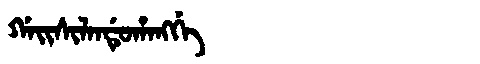
Manchu: ᡤᠠᡳᠰᡳᠯᠠᠨᡩᡠᡥᠠᠩᡤᡝ
Romanization: GAISILANDUHANGGE